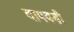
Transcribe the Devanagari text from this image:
दापवड़ी